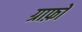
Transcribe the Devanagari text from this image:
ग्राफ़ो